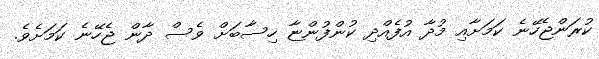
ކުރަންޖެހޭނެ ކަމަށާއި މުދާ އުފެއްދި ކުންފުންޏާ ހިސާބަށް ވެސް ދާން ޖެހޭނެ ކަމަށެވެ.